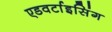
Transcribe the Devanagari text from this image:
एडवर्टाइसिंग